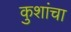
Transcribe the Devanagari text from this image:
कुशांचा